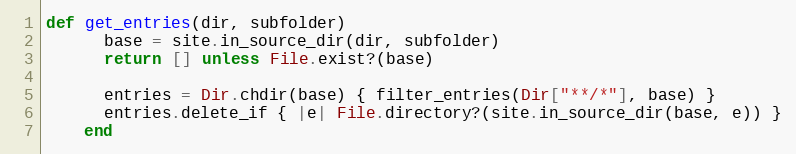
Language: Ruby
def get_entries(dir, subfolder)
      base = site.in_source_dir(dir, subfolder)
      return [] unless File.exist?(base)

      entries = Dir.chdir(base) { filter_entries(Dir["**/*"], base) }
      entries.delete_if { |e| File.directory?(site.in_source_dir(base, e)) }
    end